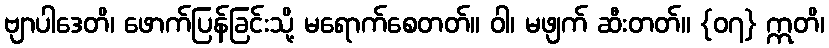
ဗျာပါဒေတိ၊ ဖောက်ပြန်ခြင်းသို့ မရောက်စေတတ်။ ဝါ၊ မဖျက် ဆီးတတ်။ {၀၇} ဣတိ၊